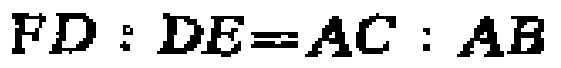
$FD:DE = AC:AB$